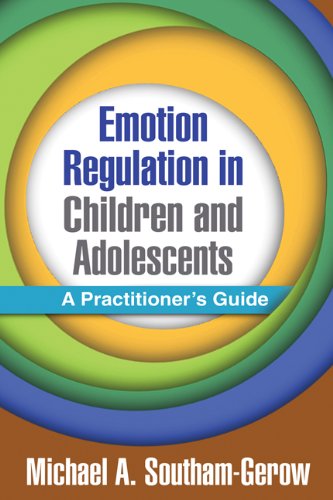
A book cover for Emotion Regulation in Children and Adolescents: A Practitioner's Guide; Michael A. Southam-Gerow PhD; Self-Help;